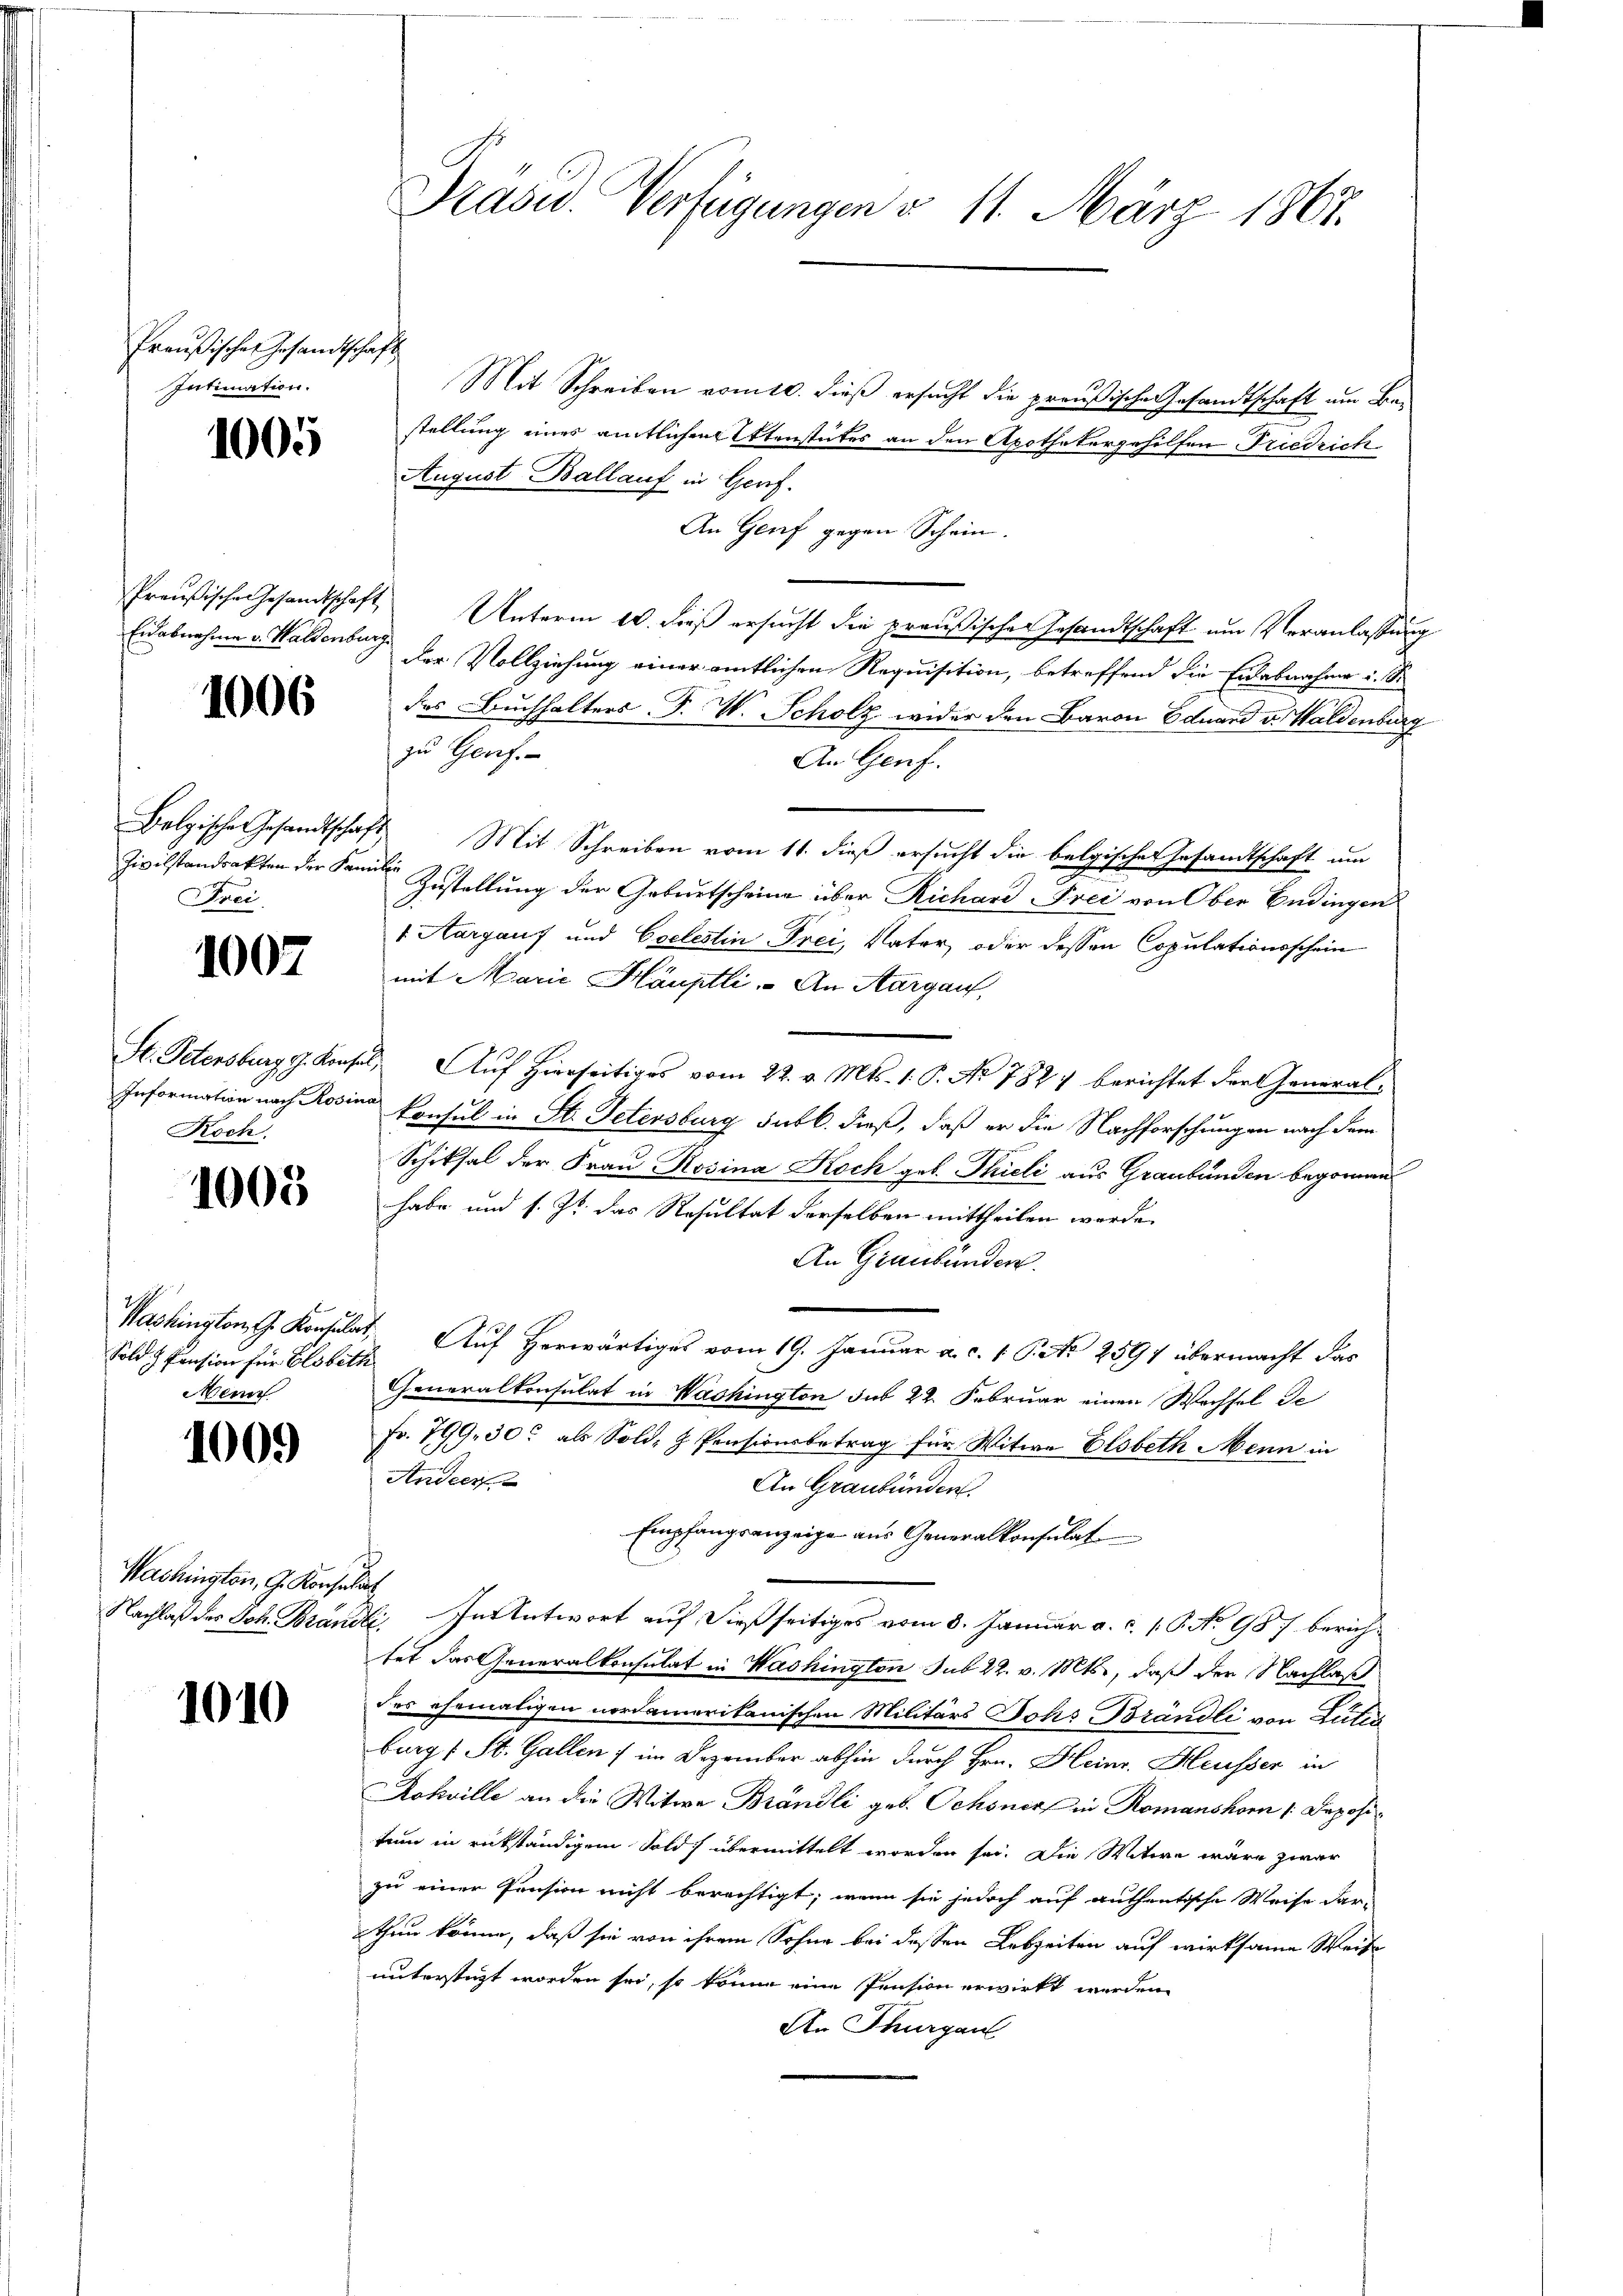
Preußisches Gesandtschaft
Intimation.

1005

Eidabnahme v. Waldenburg

1006

Frei

1007

Koch.

1003

Sold Z Pension für Elsbeth
Menn

1009

Washington, G. Konsultat

1010

Mit Schreiben vom 10. dieß ersucht die preußische Gesandtschaft um Bestellung eines amtlichen Attenstutes an den Apothekergehilfen Friedrich¬
August Ballauf in Genf.
An Genf gegen Schein.
Preußische Gesandtschaft Unterm 10. dieß ersucht die preußischer Gesandtschaft um Veranlassung
der Vollziehung einer amtlichen Requisition, betreffend die Eidabnahme u. Si
das Buchhalters F. W. Scholz wider den Baron Eduard v. Waldenburg
zu Genf.
An Genf.
Belgische Gesandtschaft. Mit Schreiben vom 11. dieß ersucht die belgischer Gesandtschaft um
Zivilstandrakten der Sammler Zustellung der Geburtscheine über Richard Frei von Ober Bedingens
1 Aargauf und Coelestin Frei, Vater, oder dessen Copulationsschein
mit Marie Häuptli. - An Aargau,
St. Petersburg g. Konsel, Aŭf Hirnseitiges vom 22. v. Mts. 1. P. No 782, berichtet der General-
Information nach Rosina Consul in St. Petersburg sutl. dieß, daß er die Nachforschungen nach dem
Schiksal der Frau Rosina Koch geb. Thieli aus Graubünden begonnen
habe und s. Js. das Resultat derselben mittheilen werde.
An Graubünden.
Washington G. Konsulat, Auf Herwärtiges vom 19. Januar a. c. 1 Pkt. 2591 übermacht das
Generalkonsulat in Wachington sub 22. Februar einen Wechsel de
Fr. 799. 30 als Sold- & Pensionsbetrag für Witwe Elsbeth Menn in
Anderf
An Graubünden.
Empfangsanzeige aus Generalkonsulat
Nachlaß des Joh. Brändli. In Antwort auf dießseitiges vom 8. Januar a. c. s. G. No 987 berichtet das Generalkonsulat in Washington sub 22. v. Mts., daß der Nachlaß
des ehemaligen nordamerikanischen Militärs Johs Brändli von Luter
burg (St. Gallen im Dezember abhin durch Hrn. Heinr. Heusser in
ohville an die Witwe Brändli geb. Schöner in Romanshorn [Depositum in rükständigem Sold übermittelt worden sei. Die Witwe wäre zwar
zu einer Pension nicht berechtigt; wenn sie jedoch auf authentische Weise dar-
thun könne, daß sie von ihrem Sohne bei dessen Lebzeiten auf wirksame Weise
unterstüzt worden sei, so könne eine Pension erwirkt werden.
An Thurgau

Prasid. Verfügungen v. 11. März 1867.